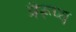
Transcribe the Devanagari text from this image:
त्रैरूप्य